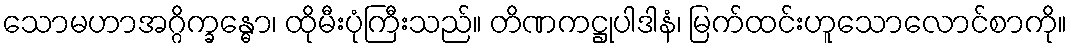
သောမဟာအဂ္ဂိက္ခန္ဓော၊ ထိုမီးပုံကြီးသည်။ တိဏကဋ္ဌုပါဒါနံ၊ မြက်ထင်းဟူသောလောင်စာကို။